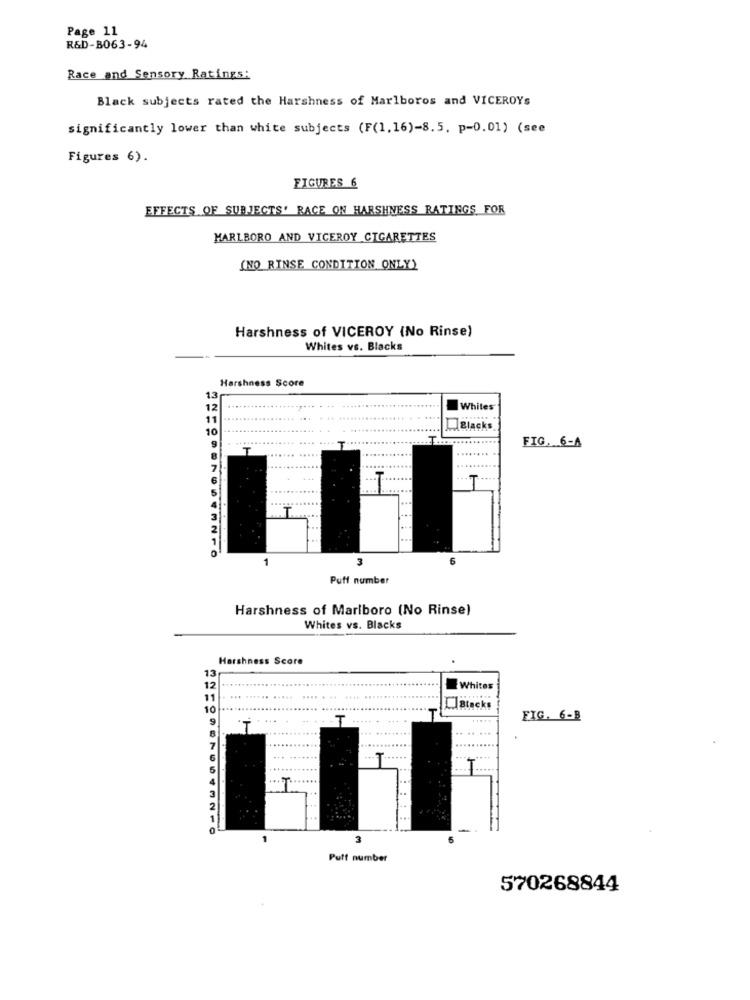
Page 11
R&D-B063-94
Race and Sensory Ratings:
Black subjects rated the Harshness of Marlboros and VICEROYs
significantly lower than white subjects (F(1.16)-8.5. p=0.01) (see
Figures 6).
FIGURES 6
EFFECTS OF SUBJECTS' RACE ON HARSHNESS RATINGS FOR
MARLBORO AND VICEROY CIGARETTES
(NO RINSE CONDITION ONLY)
Harshness of VICEROY (No Rinse)
Whites vs. Blacks
Harshness Score
1.3
12
Whites
11
10
Blacks
9
T
..
FIG. 6-A
...
T
6
Puff number
Harshness of Marlboro (No Rinse)
Whites vs. Blacks
Harshness Score
13
12
Whites
11
10
Stocks
FIG. 6-8
.......
2
3
Puff number
570268844